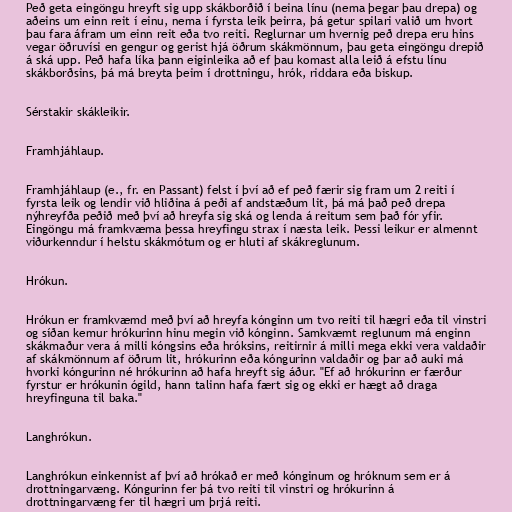
Peð geta eingöngu hreyft sig upp skákborðið í beina línu (nema þegar þau drepa) og
aðeins um einn reit í einu, nema í fyrsta leik þeirra, þá getur spilari valið um hvort
þau fara áfram um einn reit eða tvo reiti. Reglurnar um hvernig peð drepa eru hins
vegar öðruvísi en gengur og gerist hjá öðrum skákmönnum, þau geta eingöngu drepið
á ská upp. Peð hafa líka þann eiginleika að ef þau komast alla leið á efstu línu
skákborðsins, þá má breyta þeim í drottningu, hrók, riddara eða biskup.

Sérstakir skákleikir.

Framhjáhlaup.

Framhjáhlaup (e., fr. en Passant) felst í því að ef peð færir sig fram um 2 reiti í
fyrsta leik og lendir við hliðina á peði af andstæðum lit, þá má það peð drepa
nýhreyfða peðið með því að hreyfa sig ská og lenda á reitum sem það fór yfir.
Eingöngu má framkvæma þessa hreyfingu strax í næsta leik. Þessi leikur er almennt
viðurkenndur í helstu skákmótum og er hluti af skákreglunum.

Hrókun.

Hrókun er framkvæmd með því að hreyfa kónginn um tvo reiti til hægri eða til vinstri
og síðan kemur hrókurinn hinu megin við kónginn. Samkvæmt reglunum má enginn
skákmaður vera á milli kóngsins eða hróksins, reitirnir á milli mega ekki vera valdaðir
af skákmönnum af öðrum lit, hrókurinn eða kóngurinn valdaðir og þar að auki má
hvorki kóngurinn né hrókurinn að hafa hreyft sig áður. "Ef að hrókurinn er færður
fyrstur er hrókunin ógild, hann talinn hafa fært sig og ekki er hægt að draga
hreyfinguna til baka."

Langhrókun.

Langhrókun einkennist af því að hrókað er með kónginum og hróknum sem er á
drottningarvæng. Kóngurinn fer þá tvo reiti til vinstri og hrókurinn á
drottningarvæng fer til hægri um þrjá reiti.